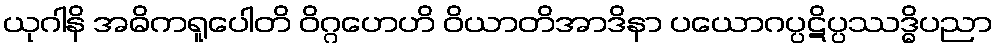
ယုဂါနိ အဓိကရူပေါတိ ဝိဂ္ဂဟေဟိ ဝိယာတိအာဒိနာ ပယောဂပ္ပဋိပ္ပဿဒ္ဓိပညာ